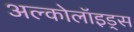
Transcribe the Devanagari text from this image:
अल्कोलॉइड्स